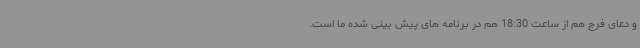
و دعای فرج هم از ساعت 18:30 هم در برنامه های پیش بینی شده ما است.